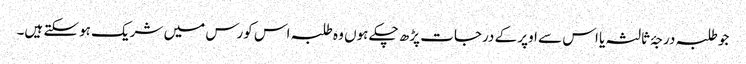
جو طلبہ درجۂ ثالثہ یا اس سے اوپر کے درجات پڑھ چکے ہوں وہ طلبہ اس کورس میں شریک ہوسکتے ہیں۔